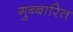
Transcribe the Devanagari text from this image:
गुब्बारित